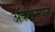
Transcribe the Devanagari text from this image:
अॅक्शनपट